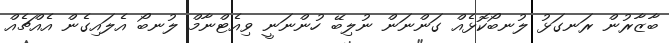
ބާޒާރުން ރަނގަޅު ލުނބޯކޮޅެއް ގަންނަން ނުލިބޭ ހުންނަނީ ވިއެޓްނާމް ލުނބޯ އެލައިގެން އެއްޗެއް